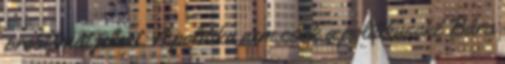
problémát jelent. A politika nem csak a politikusoké Bára